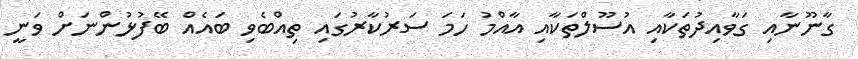
ގާނޫނާއި ގަވާއިދުތަކާއި އުސޫލްތަކާއި އާއްމު ހަމަ ސަރުކާރުގައި ތިއްބެވި ބައެއް ބޭފުޅުންނަށް ވަނީ